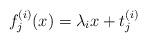
LaTeX: \begin{align*}f^{(i)}_j (x)= \lambda_i x + t^{(i)}_j\end{align*}